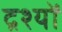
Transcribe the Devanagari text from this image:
द्रश्‍यों